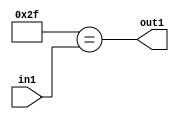
`timescale 1ps / 1ps
/*****************************************************************************
    Verilog RTL Description
    
    
    Created by: Stratus DpOpt 21.05.01 
*******************************************************************************/

module dut_Equal_1U_60_1 (
	in1,
	out1
	); /* architecture "behavioural" */ 
input [5:0] in1;
output  out1;
wire  asc001;

assign asc001 = (11'B00000101111==in1);

assign out1 = asc001;
endmodule

/* CADENCE  urfxSg0= : u9/ySxbfrwZIxEzHVQQV8Q== ** DO NOT EDIT THIS LINE ******/